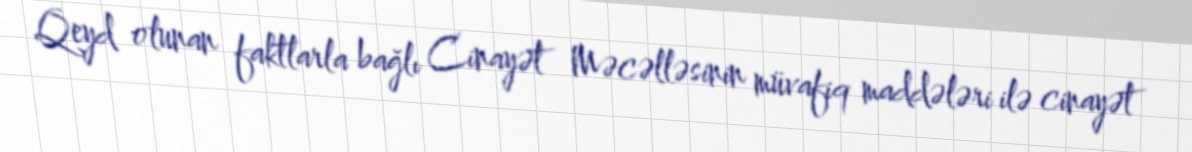
Qeyd olunan faktlarla bağlı Cinayət Məcəlləsinin müvafiq maddələri ilə cinayət